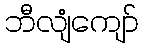
ဘီလျံကျော်